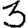
Digit: 3